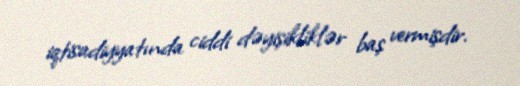
iqtisadiyyatında ciddi dəyişikliklər baş vermişdir.